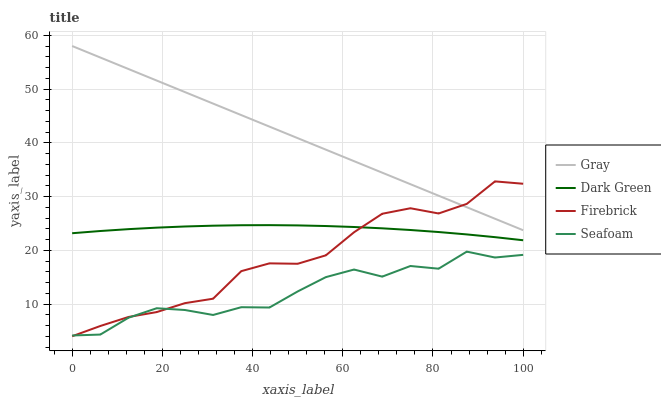
| xaxis_label | Gray | Dark Green | Firebrick | Seafoam |
 | --- | --- | --- | --- | --- |
 | 0 | 58 | 23.2 | 4 | 4.14 |
 | 6.25 | 55.9 | 23.6 | 5.91 | 4.31 |
 | 12.5 | 53.7 | 23.9 | 7.59 | 7.45 |
 | 18.8 | 51.6 | 24.2 | 8.5 | 9.21 |
 | 25 | 49.4 | 24.4 | 10.2 | 8.88 |
 | 31.2 | 47.3 | 24.6 | 11 | 7.96 |
 | 37.5 | 45.1 | 24.7 | 16.1 | 9.4 |
 | 43.8 | 43 | 24.7 | 17.6 | 9.35 |
 | 50 | 40.9 | 24.6 | 17.5 | 12.3 |
 | 56.2 | 38.7 | 24.5 | 19.1 | 15 |
 | 62.5 | 36.6 | 24.3 | 23.3 | 16.4 |
 | 68.8 | 34.4 | 24.1 | 26.8 | 15.1 |
 | 75 | 32.3 | 23.8 | 27.8 | 17.1 |
 | 81.2 | 30.1 | 23.4 | 26.8 | 16.6 |
 | 87.5 | 28 | 22.9 | 28.6 | 19.7 |
 | 93.8 | 25.9 | 22.4 | 32.8 | 18.6 |
 | 100 | 23.7 | 21.9 | 32.4 | 19.1 |